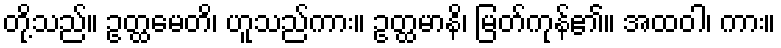
တို့သည်။ ဥတ္ထမေတိ၊ ဟူသည်ကား။ ဥတ္ထမာနိ၊ မြတ်ကုန်၏။ အထဝါ၊ ကား။